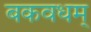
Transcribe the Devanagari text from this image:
बकवधम्